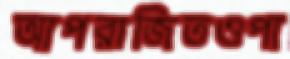
আপরাজিতওপা